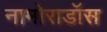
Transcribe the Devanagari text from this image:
नामोराडॉस